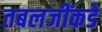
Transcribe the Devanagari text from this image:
तबलजींकडे